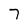
Character: 7